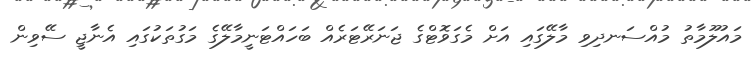
މައުލޫމާތު މުއްސަނދިވި މާލޭގައި އަށް މެގަވޮޓްގެ ޖަނަރޭޓަރެއް ބަހައްޓަނީމާލޭގެ މަގުތަކުގައި އެނާޖީ ސޭވިން